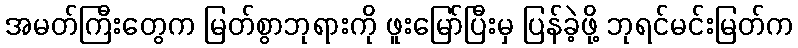
အမတ်ကြီးတွေက မြတ်စွာဘုရားကို ဖူးမြော်ပြီးမှ ပြန်ခဲ့ဖို့ ဘုရင်မင်းမြတ်က